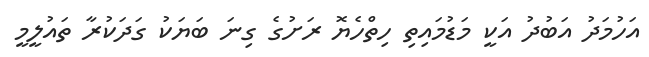
އަހުމަދު އަބުދު އަކީ މަޑުމައިތި ހިތްހެޔޮ ރަށުގެ ގިނަ ބަޔަކު ގަދަކުރާ ތައުލީމީ